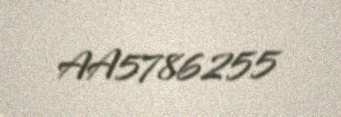
AA5786255